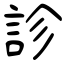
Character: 診